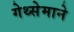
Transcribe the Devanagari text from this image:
गेथ्सेमाने